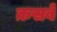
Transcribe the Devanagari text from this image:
क़सबे